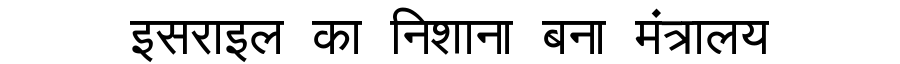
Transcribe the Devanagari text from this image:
इसराइल का निशाना बना मंत्रालय